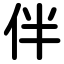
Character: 伴